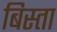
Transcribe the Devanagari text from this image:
बिस्ता